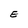
Character: E